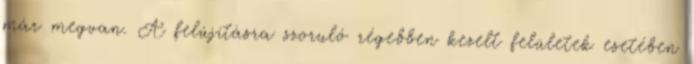
már megvan. A felújításra szoruló régebben kezelt felületek esetében